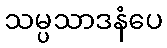
သမ္ပသာဒနံပေ